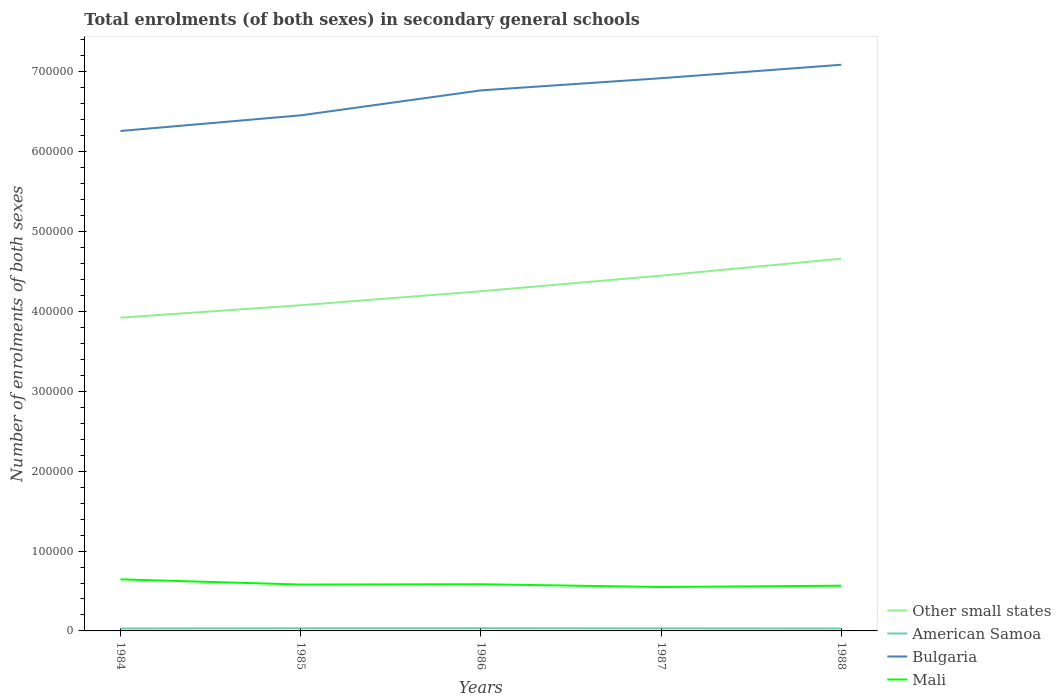
| Years | Other small states | American Samoa | Bulgaria | Mali |
 | --- | --- | --- | --- | --- |
 | 1984 | 3.92e+05 | 3.05e+03 | 6.26e+05 | 6.46e+04 |
 | 1985 | 4.08e+05 | 3.29e+03 | 6.46e+05 | 5.81e+04 |
 | 1986 | 4.25e+05 | 3.34e+03 | 6.77e+05 | 5.84e+04 |
 | 1987 | 4.45e+05 | 3.17e+03 | 6.92e+05 | 5.5e+04 |
 | 1988 | 4.66e+05 | 3.05e+03 | 7.09e+05 | 5.66e+04 |